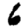
Digit: 6